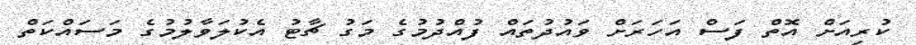
ކުރިއަށް އޮތް ފަސް އަހަރަށް ވައުދުތައް ފުއްދުމުގެ މަގު ޗާޓު އެކުލަވާލުމުގެ މަސައްކަތް